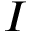
I